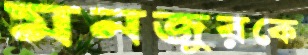
মনজুরকে